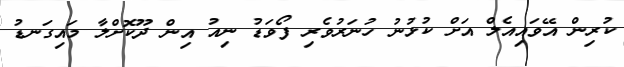
ކުރިން އޭވައިއެލް އަށް ކުޅުނު ހުނަރުވެރި ފޯވަޑު ނިއު އިން ދޫކޮށްލާ މައިގަނޑު